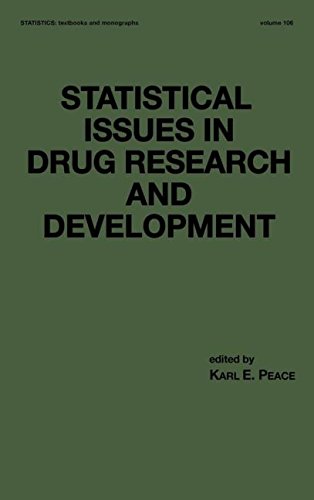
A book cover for Statistical Issues in Drug Research and Development (Statistics:  A Series of Textbooks and Monographs); Medical Books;